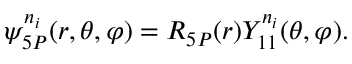
\psi _ { 5 P } ^ { n _ { i } } ( r , \theta , \varphi ) = R _ { 5 P } ( r ) Y _ { 1 1 } ^ { n _ { i } } ( \theta , \varphi ) .